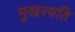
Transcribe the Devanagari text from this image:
मुखरयति